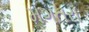
મગતરા